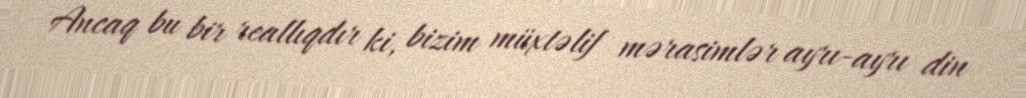
Ancaq bu bir reallıqdır ki, bizim müxtəlif mərasimlər ayrı-ayrı din